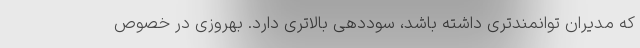
که مدیران توانمندتری داشته باشد، سوددهی بالاتری دارد. بهروزی در خصوص